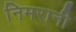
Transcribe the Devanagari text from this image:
निमरानी